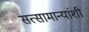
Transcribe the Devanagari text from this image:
सत्सामान्यांशी